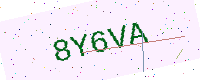
Text: 8Y6VA